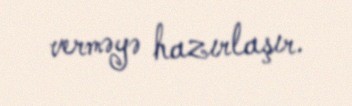
verməyə hazırlaşır.